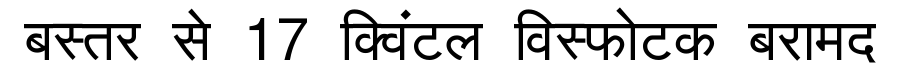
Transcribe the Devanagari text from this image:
बस्तर से 17 क्विंटल विस्फोटक बरामद